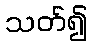
သတ်၍